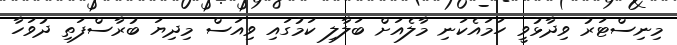
މިނިސްޓަރު ވިދާޅުވީ ހަމައެކަނި މާލެއަށް ބަލާލި ކަމުގައި ވިއަސް މިދިޔަ ބުރާސްފަތި ދުވަހާ